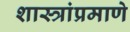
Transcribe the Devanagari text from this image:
शास्त्रांप्रमाणे